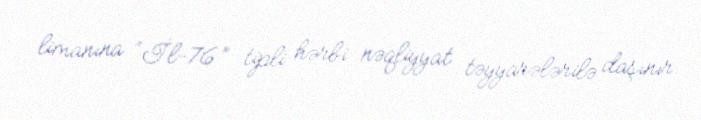
limanına “İl-76” tipli hərbi nəqliyyat təyyarələrilə daşınır.